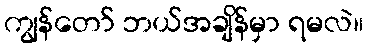
ကျွန်တော် ဘယ်အချိန်မှာ ရမလဲ။